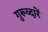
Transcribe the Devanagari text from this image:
गुरूव्‍द़ारें